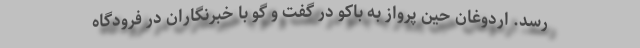
رسد. اردوغان حین پرواز به باکو در گفت و گو با خبرنگاران در فرودگاه